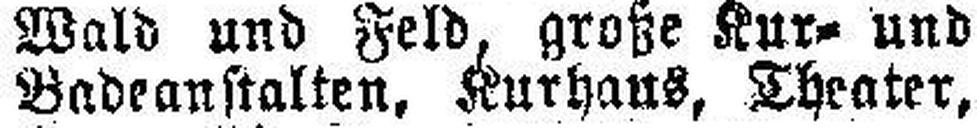
Badeanstalten, Kurhaus, Theater,